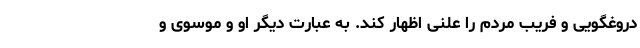
دروغگویی و فریب مردم را علنی اظهار کند. به عبارت دیگر او و موسوی و